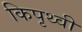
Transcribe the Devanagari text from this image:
किपृथ्वी